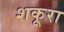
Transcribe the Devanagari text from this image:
शकूरा